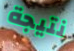
نتيجة